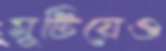
মুটিয়েও